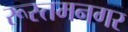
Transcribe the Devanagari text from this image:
रूस्तमनगर